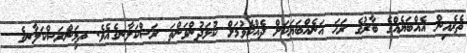
ތެރެއިން އެއްބަޔެއްގެ ބާރުގެ ރަހަ އަނެއްބަޔަކަށް ދެއްކެވުމަށް ކުޅަދުންވަންތަ ރަސްކަލާނގެއެވެ. ތިމަންރަސްކަލާނގެ